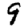
Digit: 9